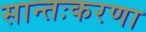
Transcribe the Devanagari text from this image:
सान्तःकरणा